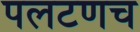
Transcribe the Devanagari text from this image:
पलटणच